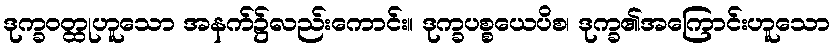
ဒုက္ခဝတ္ထုဟူသော အနက်၌လည်းကောင်း။ ဒုက္ခပစ္စယေပိစ၊ ဒုက္ခ၏အကြောင်းဟူသော